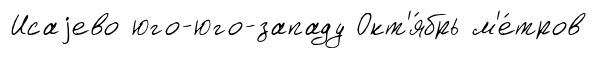
Исаjево юго-юго-западу Окт'я́брь м'е́тров